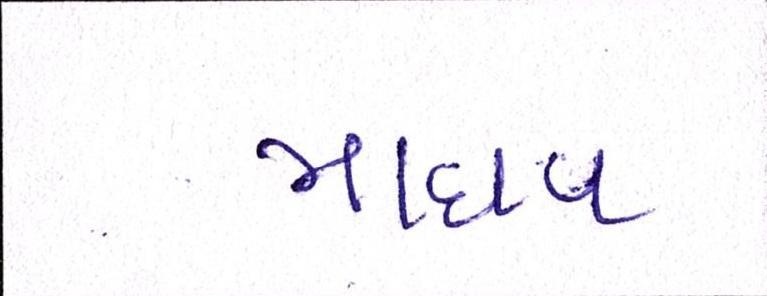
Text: માધવ